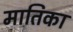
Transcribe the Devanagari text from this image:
मातिका